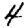
Digit: 4